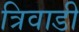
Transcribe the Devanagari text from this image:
त्रिवाडी